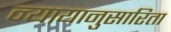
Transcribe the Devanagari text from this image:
न्यायानुसारिता